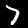
Label: 7